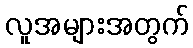
လူအများအတွက်